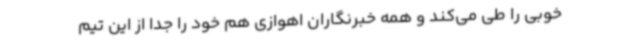
خوبی را طی می‌کند و همه خبرنگاران اهوازی هم خود را جدا از این تیم